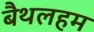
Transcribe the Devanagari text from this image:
बैथलहम